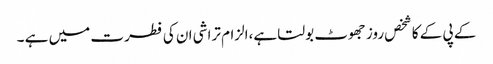
کے پی کے کا شخص روز جھوٹ بولتا ہے،الزام تراشی ان کی فطرت میں ہے ۔